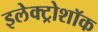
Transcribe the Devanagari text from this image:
इलेक्ट्रोशॉक